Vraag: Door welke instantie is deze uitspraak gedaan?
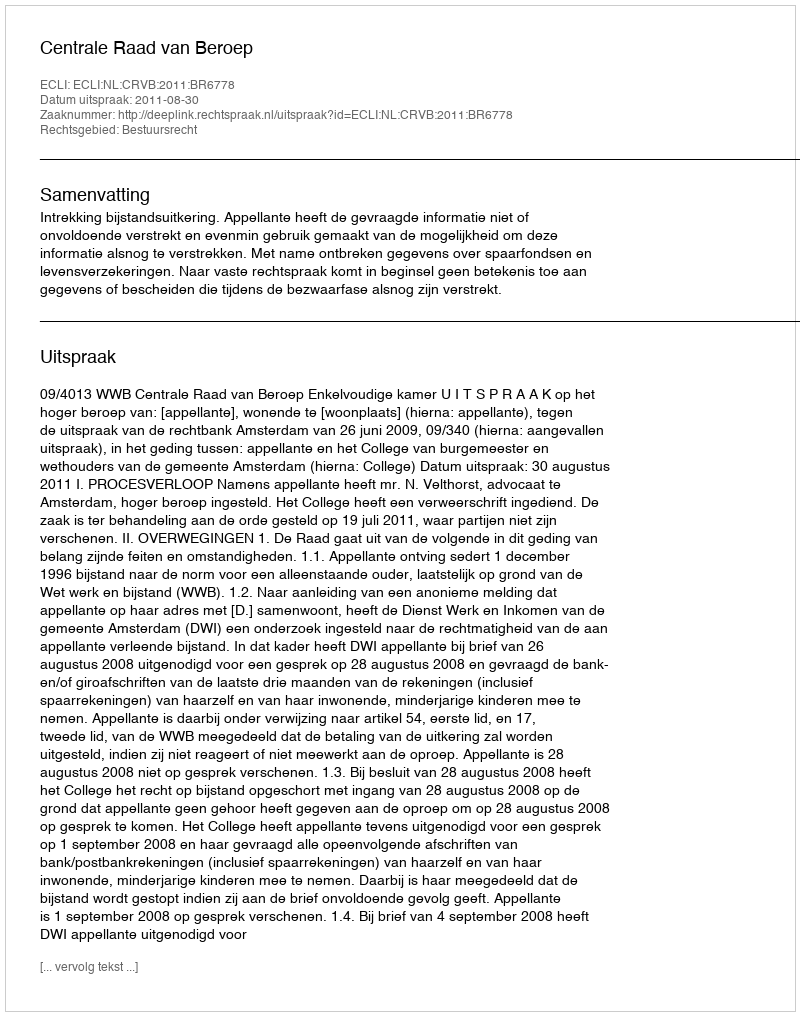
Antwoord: Centrale Raad van Beroep